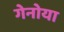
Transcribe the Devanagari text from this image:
गेनोया